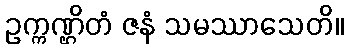
ဥက္ကဏ္ဌိတံ ဇနံ သမဿာသေတိ။